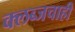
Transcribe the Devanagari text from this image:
क्लब्जचाही